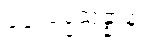
ပုဂ္ဂလပ္ပသန္နာနံ